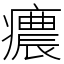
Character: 癑